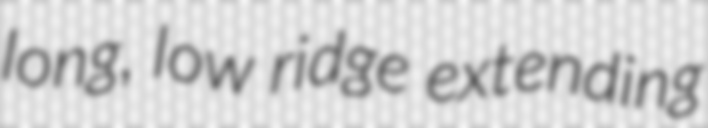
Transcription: long, low ridge extending